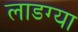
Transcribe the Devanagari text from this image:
लाडग्या